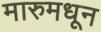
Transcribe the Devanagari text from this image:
मारुमधून